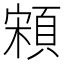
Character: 䫅